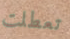
تعطلت